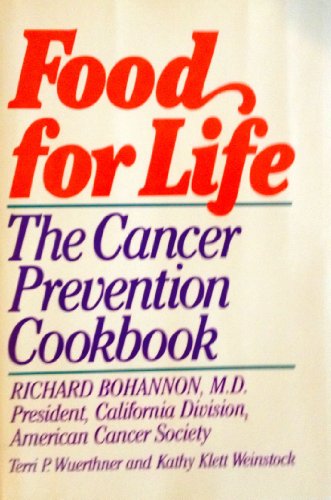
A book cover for Food for Life: The Cancer Prevention Cookbook; Richard Bohannon; Health, Fitness & Dieting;